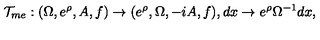
{ \cal T } _ { m e } : ( \Omega , e ^ { \rho } , A , f ) \rightarrow ( e ^ { \rho } , \Omega , - i A , f ) , d x \rightarrow e ^ { \rho } \Omega ^ { - 1 } d x ,